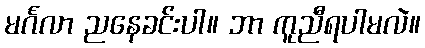
မင်္ဂလာ ညနေခင်းပါ။ ဘာ ကူညီရပါမလဲ။